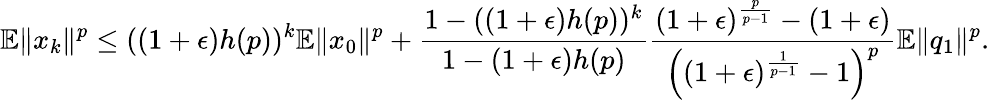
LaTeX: \mathbb{E}\Vert x_{k}\Vert^{p}\leq((1+\epsilon)h(p))^{k}\mathbb{E}\Vert x_{0}\Vert^{p}+\frac{1-((1+\epsilon)h(p))^{k}}{1-(1+\epsilon)h(p)}\frac{(1+\epsilon)^{\frac{p}{p-1}}-(1+\epsilon)}{\left((1+\epsilon)^{\frac{1}{p-1}}-1\right)^{p}}\mathbb{E}\Vert q_{1}\Vert^{p}.